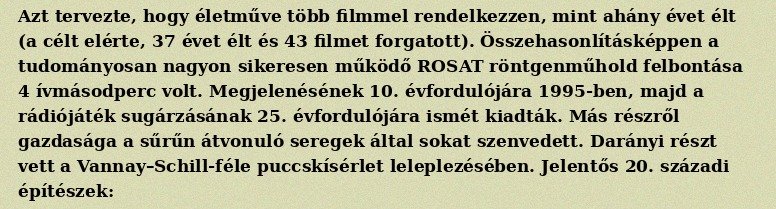
Azt tervezte, hogy életműve több filmmel rendelkezzen, mint ahány évet élt (a célt elérte, 37 évet élt és 43 filmet forgatott). Összehasonlításképpen a tudományosan nagyon sikeresen működő ROSAT röntgenműhold felbontása 4 ívmásodperc volt. Megjelenésének 10. évfordulójára 1995-ben, majd a rádiójáték sugárzásának 25. évfordulójára ismét kiadták. Más részről gazdasága a sűrűn átvonuló seregek által sokat szenvedett. Darányi részt vett a Vannay–Schill-féle puccskísérlet leleplezésében. Jelentős 20. századi építészek: